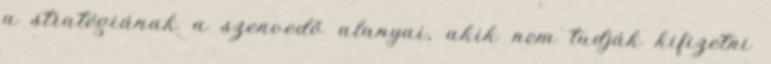
a stratégiának a szenvedő alanyai, akik nem tudják kifizetni